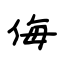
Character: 侮